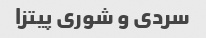
سردی و شوری پیتزا